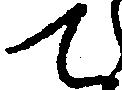
て